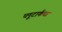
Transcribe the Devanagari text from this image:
प्लूटार्कचा